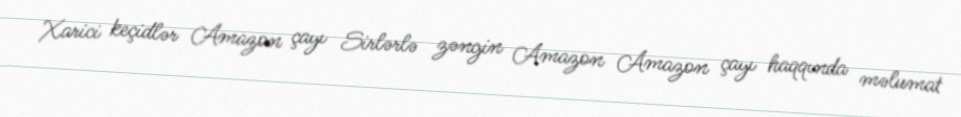
Xarici keçidlər Amazon çayı Sirlərlə zəngin Amazon Amazon çayı haqqında məlumat